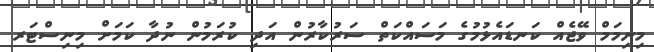
މިނިމަމް ވޭޖެއް ކަނޑައެޅުމުގެ މަސައްކަތް ސަރުކާރުން އަދި ކުރަމުން ނުދާ ކަމަށް މިނިސްޓަރ